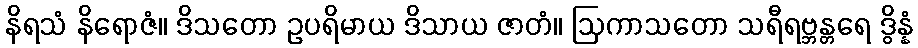
နိရသံ နိရောဇံ။ ဒိသတော ဥပရိမာယ ဒိသာယ ဇာတံ။ ဩကာသတော သရီရဗ္ဘန္တရေ ဒွိန္နံ